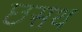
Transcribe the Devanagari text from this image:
छसथ